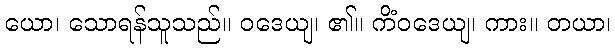
ယော၊ သောရန်သူသည်။ ဝဒေယျ၊ ၏။ ကိံဝဒေယျ၊ ကား။ တယာ၊